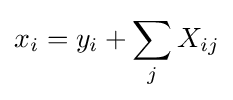
x_{i}=y_{i}+\sum _{j}X_{ij}